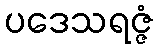
ပဒေသရဇ္ဇံ